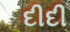
દીદી